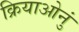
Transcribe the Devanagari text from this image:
क्रियाओनुं